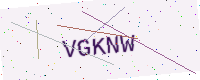
Text: VGKNW